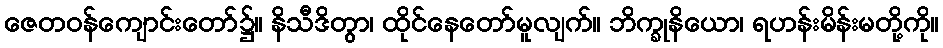
ဇေတဝန်ကျောင်းတော်၌။ နိသီဒိတွာ၊ ထိုင်နေတော်မူလျက်။ ဘိက္ခုနိယော၊ ရဟန်းမိန်းမတို့ကို။